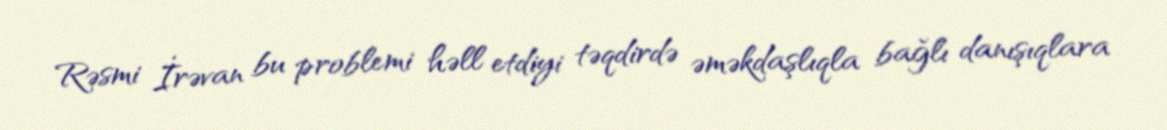
Rəsmi İrəvan bu problemi həll etdiyi təqdirdə əməkdaşlıqla bağlı danışıqlara